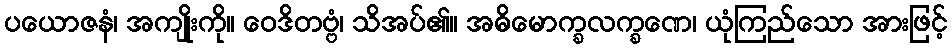
ပယောဇနံ၊ အကျိုးကို။ ဝေဒိတဗ္ဗံ၊ သိအပ်၏။ အဓိမောက္ခလက္ခဏေ၊ ယုံကြည်သော အားဖြင့်